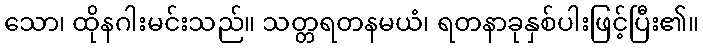
သော၊ ထိုနဂါးမင်းသည်။ သတ္တရတနမယံ၊ ရတနာခုနှစ်ပါးဖြင့်ပြီး၏။